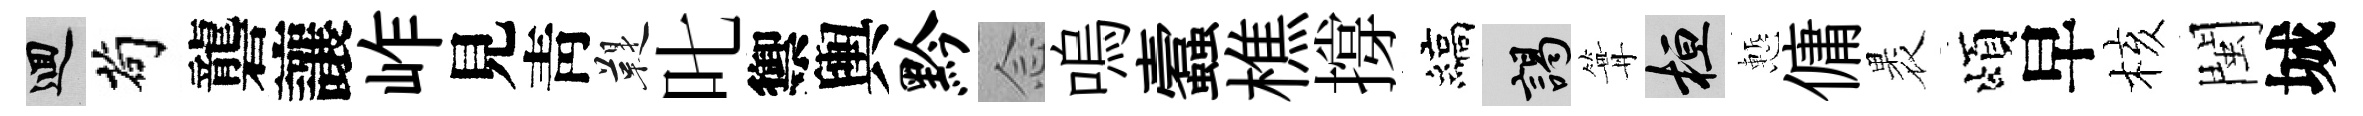
回茍礱讓岞見靑鞮叱禦輿黔𫝹嗚蠧樵撐縞謁篝桓慙傭褁頌早核閩城